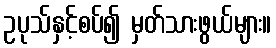
ဥပုသ်နှင့်စပ်၍ မှတ်သားဖွယ်များ။